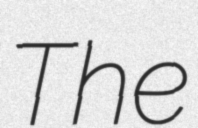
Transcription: The